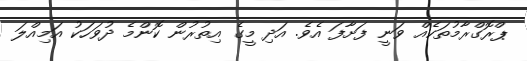
ޕްރޮގްރާމުތަކެއް ވަނީ ފަށާފަ އެވެ. އަދި މީގެ އިތުރުން ކޮންމެ ދުވަހަކު އަމިއްލަ